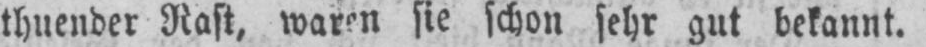
sie schon sehr gut bekannt.